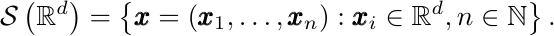
\begin{equation}
    \mathcal{S}\left(\mathbb{R}^{d}\right)=\left\{\pmb{x}=\left(\pmb{x}_{1}, \ldots, \pmb{x}_{n}\right): \pmb{x}_{i} \in \mathbb{R}^{d}, n \in \mathbb{N}\right\}.\notag
\end{equation}